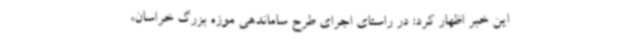
این خبر اظهار کرد: در راستای اجرای طرح ساماندهی موزه بزرگ خراسان،